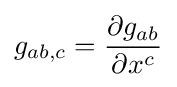
g_{ab,c}={\frac {\partial {g_{ab}}}{\partial {x^{c}}}}